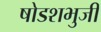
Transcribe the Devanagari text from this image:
षोडशभुजी